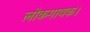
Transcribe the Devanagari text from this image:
लोकगायक।